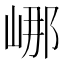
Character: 𡷙